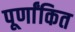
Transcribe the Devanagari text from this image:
पूर्णांकित